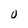
Character: U